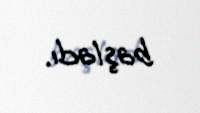
başladı.